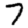
Digit: 7